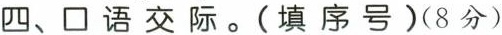
四、口语交际。(填序号)(8分)